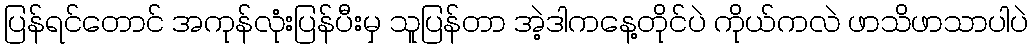
ပြန်ရင်တောင် အကုန်လုံးပြန်ပီးမှ သူပြန်တာ အဲ့ဒါကနေ့တိုင်ပဲ ကိုယ်ကလဲ ဖာသိဖာသာပါပဲ